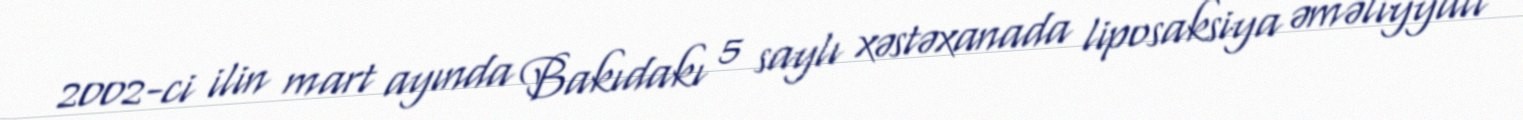
2002-ci ilin mart ayında Bakıdakı 5 saylı xəstəxanada liposaksiya əməliyyatı